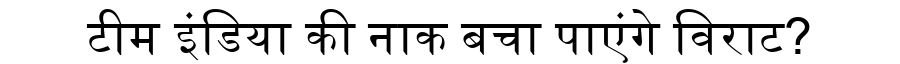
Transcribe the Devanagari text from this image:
टीम इंडिया की नाक बचा पाएंगे विराट?